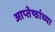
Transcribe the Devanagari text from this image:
आप्‍तेष्ठांच्या